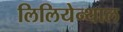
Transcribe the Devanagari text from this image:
लिलियेन्थाल